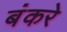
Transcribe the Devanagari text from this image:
बंकरे